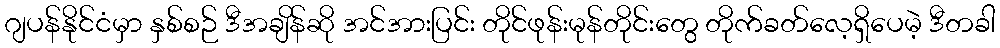
ဂျပန်နိုင်ငံမှာ နှစ်စဉ် ဒီအချိန်ဆို အင်အားပြင်း တိုင်ဖုန်းမုန်တိုင်းတွေ တိုက်ခတ်လေ့ရှိပေမဲ့ ဒီတခါ